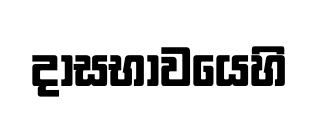
දාසභාවයෙහි